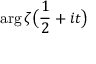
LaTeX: \arg { \zeta { \bigl ( } { \frac { 1 } { 2 } } + i t { \bigr ) } }